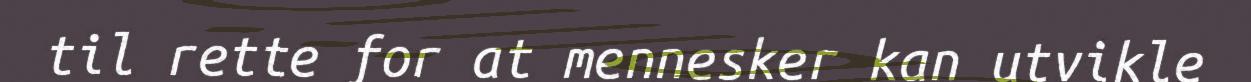
til rette for at mennesker kan utvikle